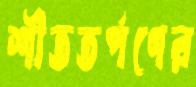
শীততর্পণের